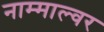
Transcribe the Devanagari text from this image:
नाम्माल्वर